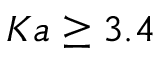
K a \ge 3 . 4